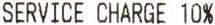
SERVICE CHARGE 10%